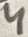
Text: 4